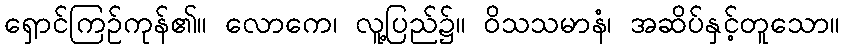
ရှောင်ကြဉ်ကုန်၏။ လောကေ၊ လူ့ပြည်၌။ ဝိသသမာနံ၊ အဆိပ်နှင့်တူသော။